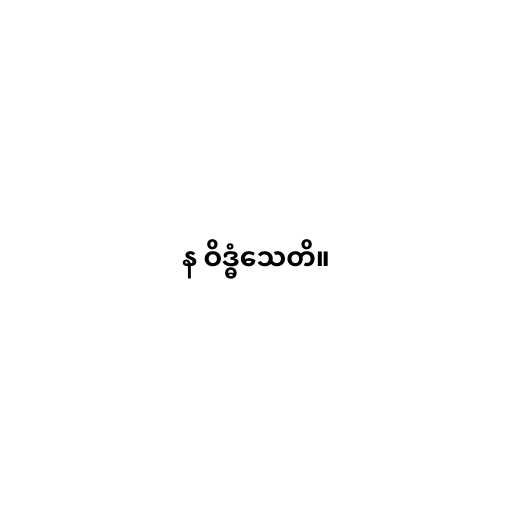
န ဝိဒ္ဓံသေတိ။